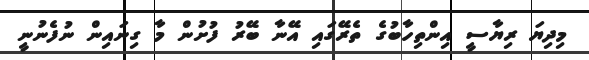
މިދިޔަ ރިޔާސީ އިންތިހާބުގެ ތެރޭގައި އޭނާ ބޭރު ފުށުން މާ ގިނައިން ނުފެނުނީ